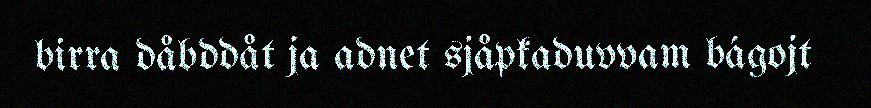
birra dåbddåt ja adnet sjåpkaduvvam bágojt